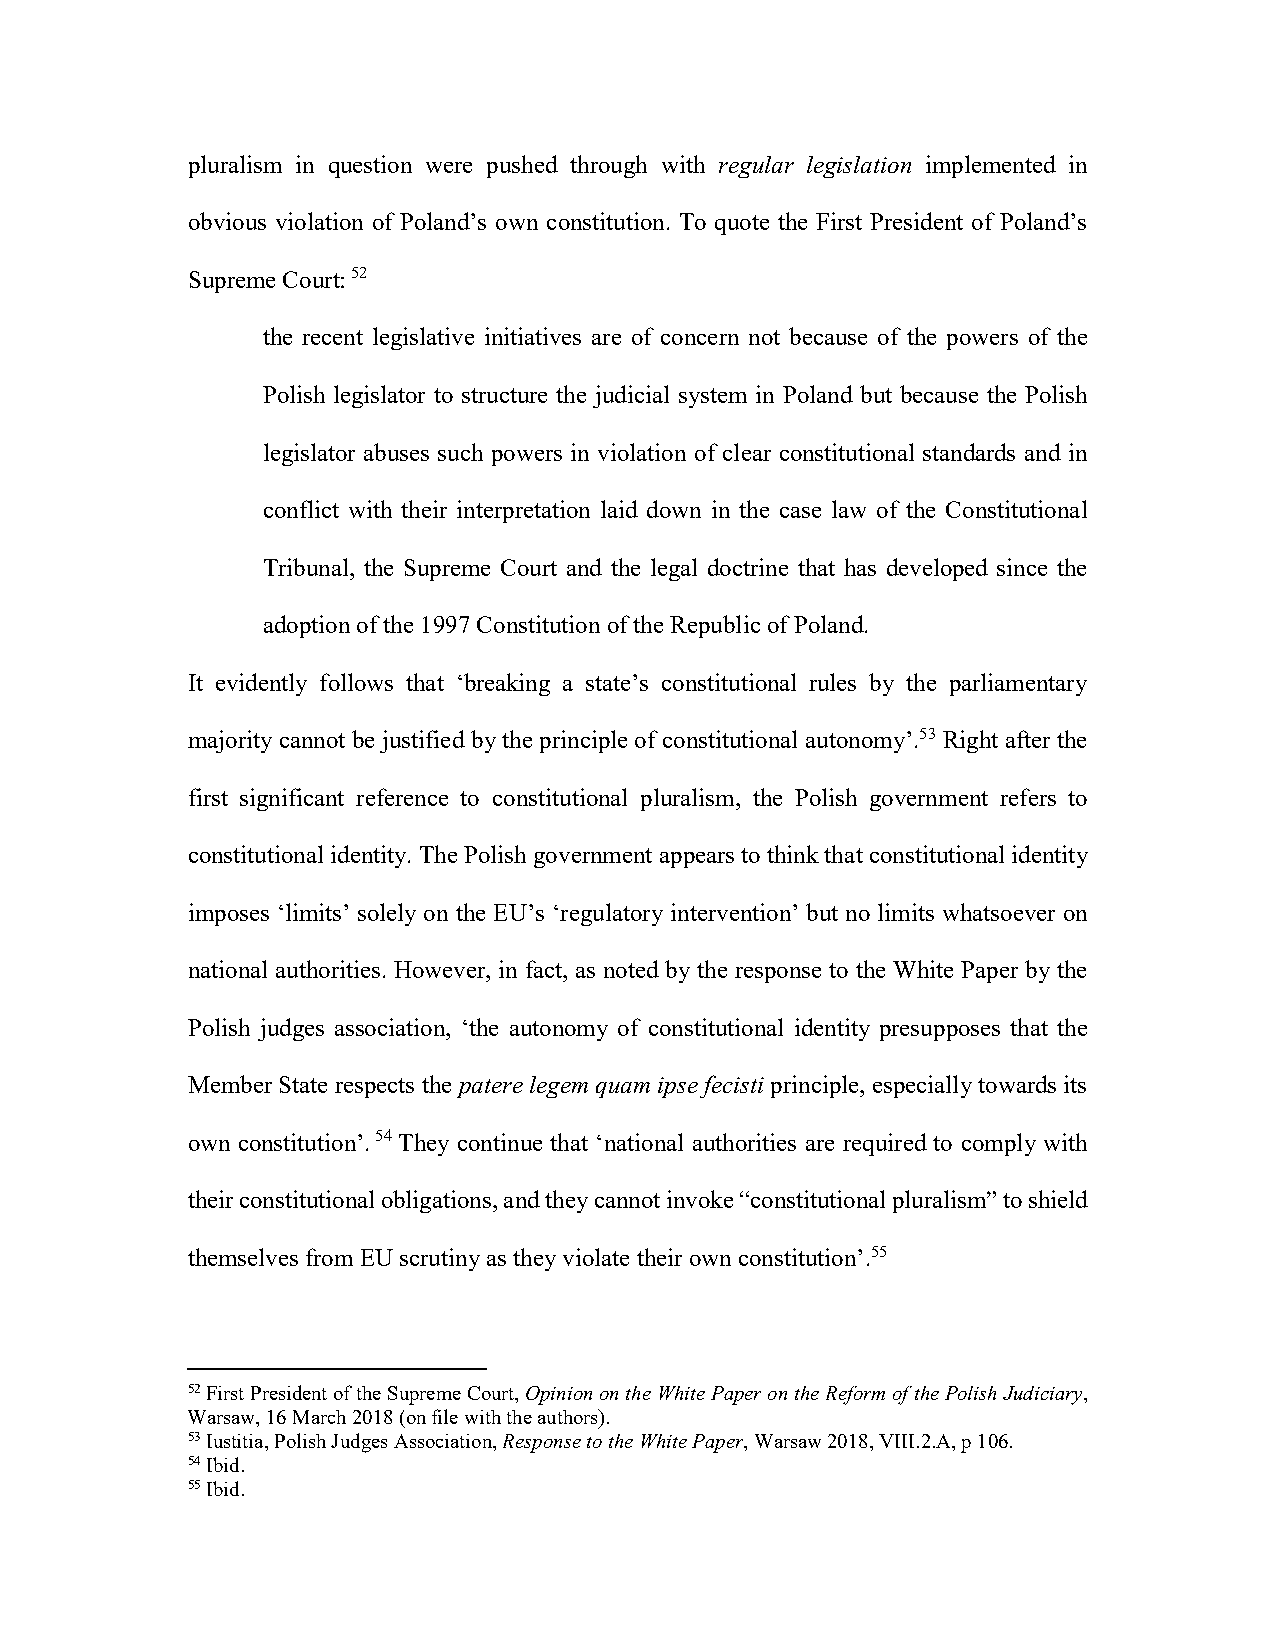
pluralism in question were pushed through with regular legislation implemented in
 obvious violation of Poland’s own constitution. To quote the First President of Poland’s
 Supreme Court: 52
 the recent legislative initiatives are of concern not because of the powers of the
 Polish legislator to structure the judicial system in Poland but because the Polish
 legislator abuses such powers in violation of clear constitutional standards and in
 conflict with their interpretation laid down in the case law of the Constitutional
 Tribunal, the Supreme Court and the legal doctrine that has developed since the
 adoption of the 1997 Constitution of the Republic of Poland.
 It evidently follows that ‘breaking a state’s constitutional rules by the parliamentary
 majority cannot be justified by the principle of constitutional autonomy’.53 Right after the
 first significant reference to constitutional pluralism, the Polish government refers to
 constitutional identity. The Polish government appears to think that constitutional identity
 imposes ‘limits’ solely on the EU’s ‘regulatory intervention’ but no limits whatsoever on
 national authorities. However, in fact, as noted by the response to the White Paper by the
 Polish judges association, ‘the autonomy of constitutional identity presupposes that the
 Member State respects the patere legem quam ipse fecisti principle, especially towards its
 own constitution’. 54 They continue that ‘national authorities are required to comply with
 their constitutional obligations, and they cannot invoke “constitutional pluralism” to shield
 themselves from EU scrutiny as they violate their own constitution’.55
 52 First President of the Supreme Court, Opinion on the White Paper on the Reform of the Polish Judiciary,
 Warsaw, 16 March 2018 (on file with the authors).
 53 Iustitia, Polish Judges Association, Response to the White Paper, Warsaw 2018, VIII.2.A, p 106.
 54 Ibid.
 55 Ibid.